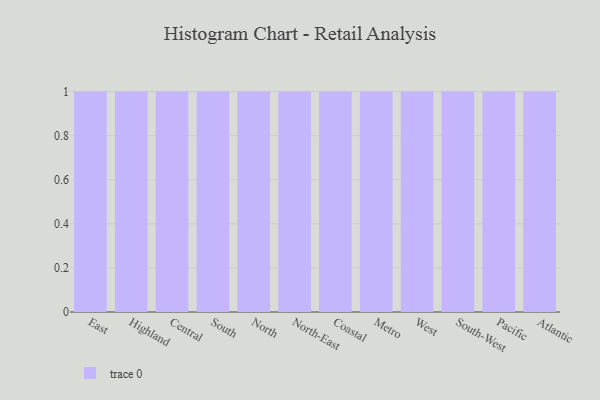
{"axis": {"x": "Region", "y": "Net Income (USD K)"}, "legend": [""], "data": [{"x": "East", "y": 90, "type": ""}, {"x": "Highland", "y": 11, "type": ""}, {"x": "Central", "y": 24, "type": ""}, {"x": "South", "y": 88, "type": ""}, {"x": "North", "y": 78, "type": ""}, {"x": "North-East", "y": 34, "type": ""}, {"x": "Coastal", "y": 22, "type": ""}, {"x": "Metro", "y": 24, "type": ""}, {"x": "West", "y": 98, "type": ""}, {"x": "South-West", "y": 24, "type": ""}, {"x": "Pacific", "y": 57, "type": ""}, {"x": "Atlantic", "y": 14, "type": ""}]}